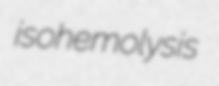
isohemolysis